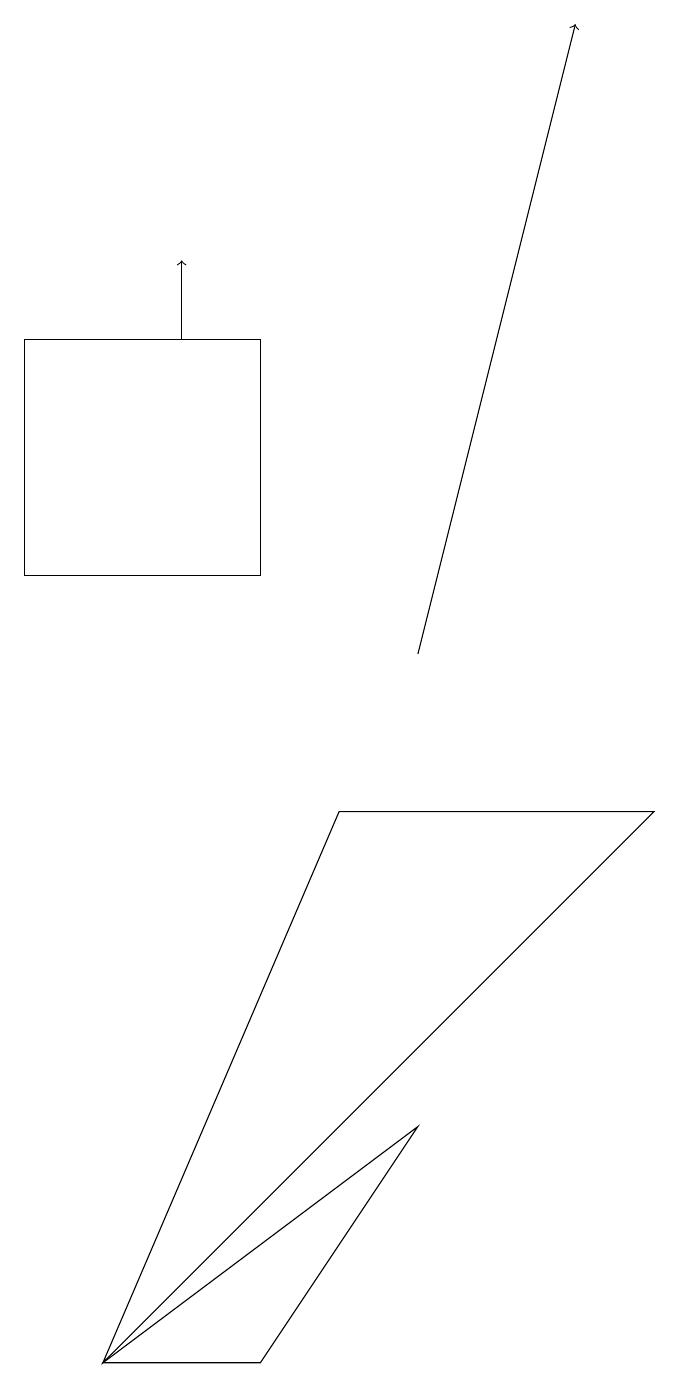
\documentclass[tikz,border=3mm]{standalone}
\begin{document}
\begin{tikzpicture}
\draw (5,5) -- (3,2) -- (1,2) -- cycle;
\draw[->] (2,15) -- (2,16);
\draw (8,9) -- (4,9) -- (1,2) -- cycle;
\draw[->] (5,11) -- (7,19);
\draw (0,15) rectangle (3,12);
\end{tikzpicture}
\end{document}